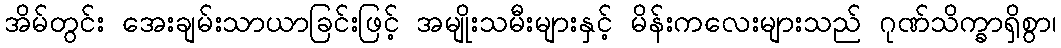
အိမ်တွင်း အေးချမ်းသာယာခြင်းဖြင့် အမျိုးသမီးများနှင့် မိန်းကလေးများသည် ဂုဏ်သိက္ခာရှိစွာ၊